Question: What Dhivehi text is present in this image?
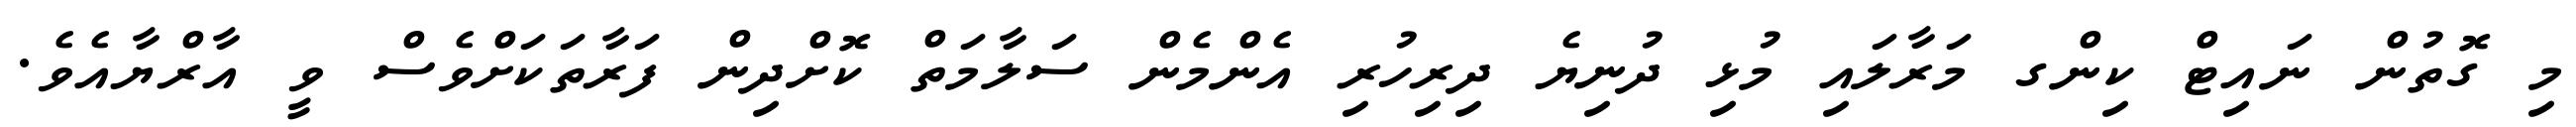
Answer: މި ގޮތުން ނައިޓް ކިންގ މަރާލައި މުޅި ދުނިޔެ ދިރިހުރި އެންމެން ސަލާމަތް ކޮށްދިން ފަރާތަކަށްވެސް ވީ އާރްޔާއެވެ.